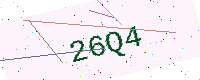
Text: 26Q4